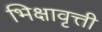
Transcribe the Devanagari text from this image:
भिक्षावृत्ती